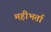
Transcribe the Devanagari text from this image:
महीभर्ता